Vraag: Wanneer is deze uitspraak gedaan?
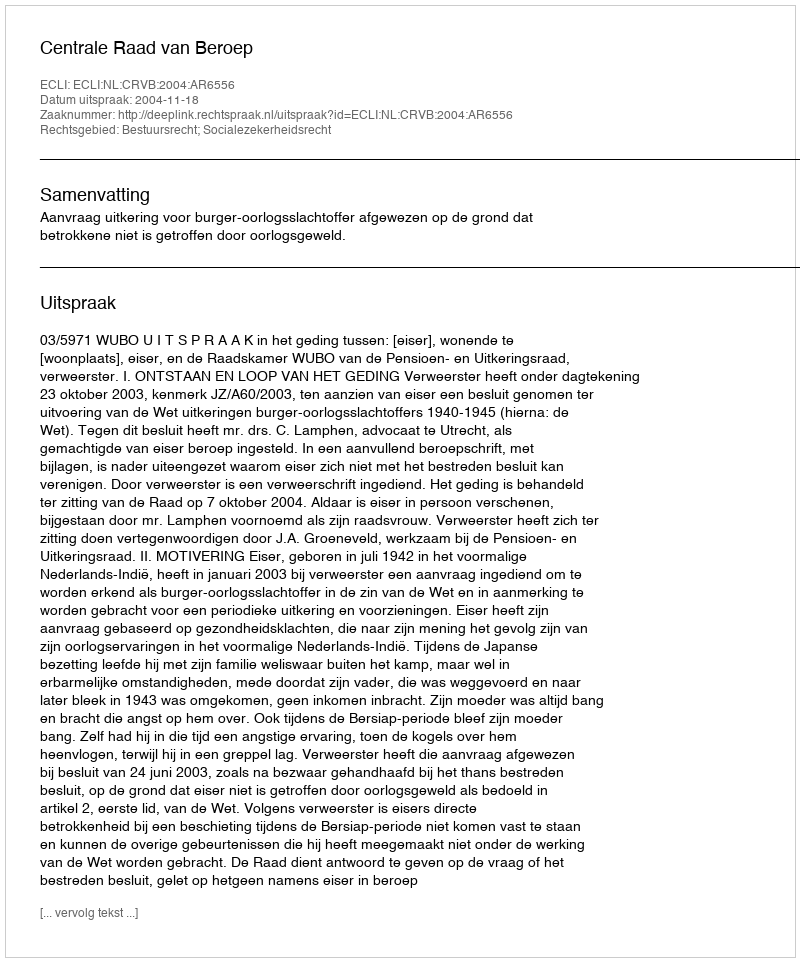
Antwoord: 2004-11-18